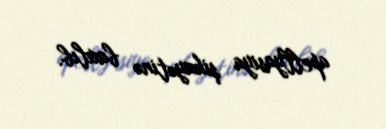
apellyasiya şikayətinə baxılıb.